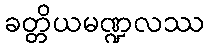
ခတ္တိယမဏ္ဍလဿ